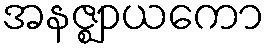
အနဇ္ဈာယကော